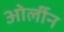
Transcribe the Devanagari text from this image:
ओर्लीन